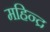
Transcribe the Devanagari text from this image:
महिन्द्र